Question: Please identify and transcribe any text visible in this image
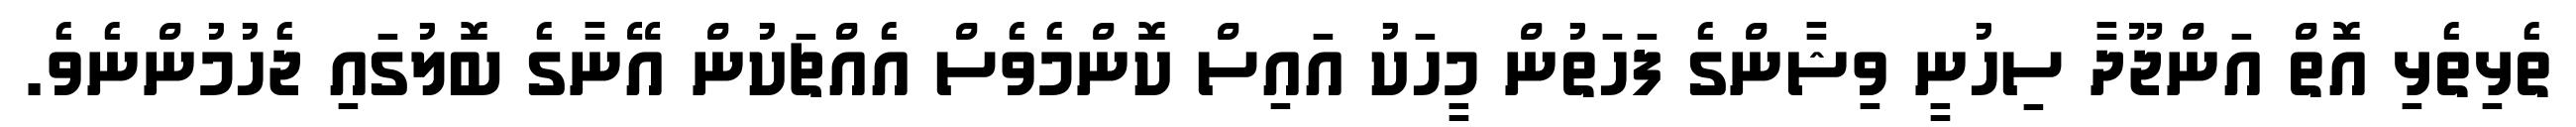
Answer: ތެޅިތެޅި އޮތް އަންޖޫދާ ސިހުނީ ވިޝާންގެ ފަހަތުން މީހަކު އައިސް ކޮންމެވެސް އެއްޗަކުން އޭނާގެ ބޮލުގައި ޖެހުމުންނެވެ.